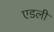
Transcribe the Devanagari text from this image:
एडली